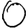
Digit: 0